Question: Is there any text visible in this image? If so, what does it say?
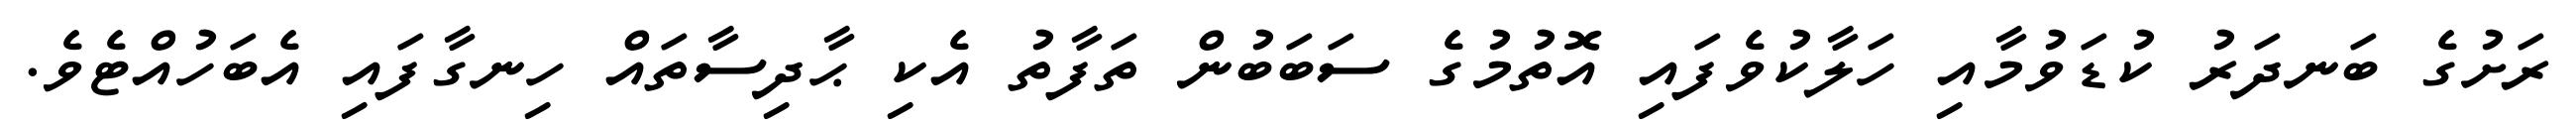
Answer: ރަށުގެ ބަނދަރު ކުޑަވުމާއި ހަލާކުވެފައި އޮތުމުގެ ސަބަބުން ތަފާތު އެކި ޙާދިސާތައް ހިނގާފައި އެބަހުއްޓެވެ.